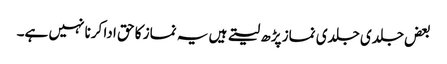
بعض جلدی جلدی نماز پڑھ لیتے ہیں یہ نماز کا حق ادا کرنا نہیں ہے۔